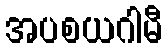
အပစယဂါမီ